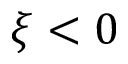
\xi < 0